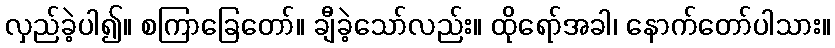
လှည်ခဲ့ပါ၍။ စကြာခြေတော်။ ချီခဲ့သော်လည်း။ ထိုရော်အခါ၊ နောက်တော်ပါသား။